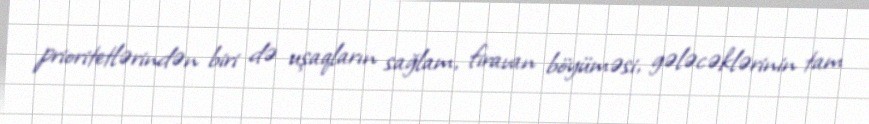
prioritetlərindən biri də uşaqların sağlam, firavan böyüməsi, gələcəklərinin tam